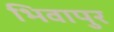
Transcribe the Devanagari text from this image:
भिवापुर